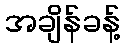
အချိန်ခန့်